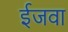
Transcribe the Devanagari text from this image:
ईजवा